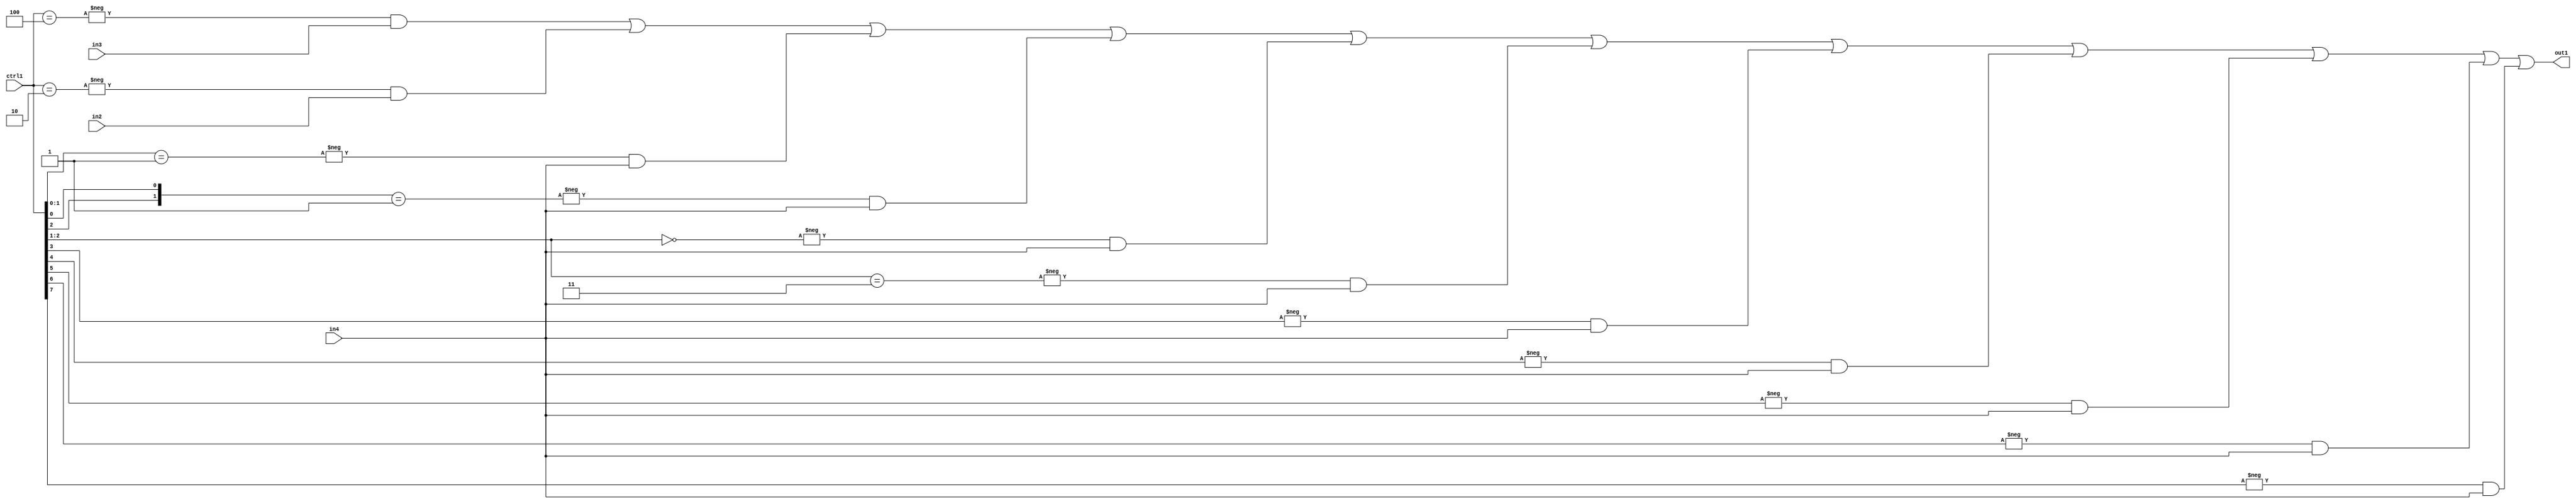
`timescale 1ps / 1ps
/*****************************************************************************
    Verilog RTL Description
    
    
    Created by: Stratus DpOpt 2019.1.01 
*******************************************************************************/

module st_weight_addr_gen_N_Mux_16_3_21_4 (
	in4,
	in3,
	in2,
	ctrl1,
	out1
	); /* architecture "behavioural" */ 
input [15:0] in4;
input [13:0] in3;
input [14:0] in2;
input [7:0] ctrl1;
output [15:0] out1;
wire [15:0] asc001;

assign asc001 = 
	-{ctrl1 == 8'B00000100} & in3 |
	-{ctrl1 == 8'B00000010} & in2 |
	-{ctrl1[1:0] == 2'B01} & in4 |
	-{{ctrl1[2], ctrl1[0]} == 2'B01} & in4 |
	-{ctrl1[2:1] == 2'B00} & in4 |
	-{ctrl1[2:1] == 2'B11} & in4 |
	-{ctrl1[3] == 1'B1} & in4 |
	-{ctrl1[4] == 1'B1} & in4 |
	-{ctrl1[5] == 1'B1} & in4 |
	-{ctrl1[6] == 1'B1} & in4 |
	-{ctrl1[7] == 1'B1} & in4 ;

assign out1 = asc001;
endmodule

/* CADENCE  vrj5Qws= : u9/ySgnWtBlWxVPRXgAZ4Og= ** DO NOT EDIT THIS LINE ******/